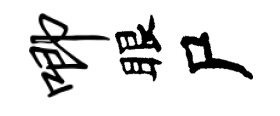
唧眼尸